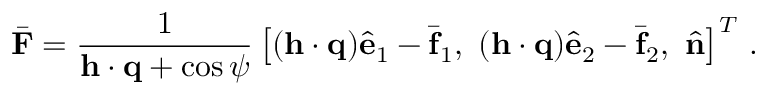
\bar { \bf F } = \frac { 1 } { { \bf h } \cdot { \bf q } + \cos \psi } \left[ ( { \bf h } \cdot { \bf q } ) \hat { \bf e } _ { 1 } - \bar { \bf f } _ { 1 } , \ ( { \bf h } \cdot { \bf q } ) \hat { \bf e } _ { 2 } - \bar { \bf f } _ { 2 } , \ \hat { \bf n } \right] ^ { T } \, .